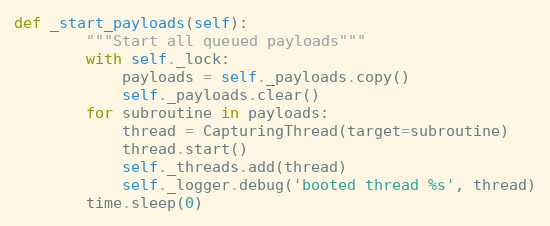
Language: Python
def _start_payloads(self):
        """Start all queued payloads"""
        with self._lock:
            payloads = self._payloads.copy()
            self._payloads.clear()
        for subroutine in payloads:
            thread = CapturingThread(target=subroutine)
            thread.start()
            self._threads.add(thread)
            self._logger.debug('booted thread %s', thread)
        time.sleep(0)